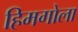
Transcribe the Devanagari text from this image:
हिमगोला